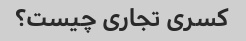
کسری تجاری چیست؟